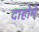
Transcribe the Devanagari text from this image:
दाहोमे